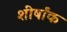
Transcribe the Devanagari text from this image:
शीर्षांक